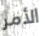
الأمر